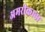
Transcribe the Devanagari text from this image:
अमरीकाना